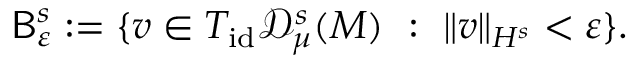
\mathsf { B } _ { \varepsilon } ^ { s } : = \{ v \in T _ { \mathrm { i d } } \mathscr { D } _ { \mu } ^ { s } ( M ) \ : \ \| v \| _ { H ^ { s } } < \varepsilon \} .